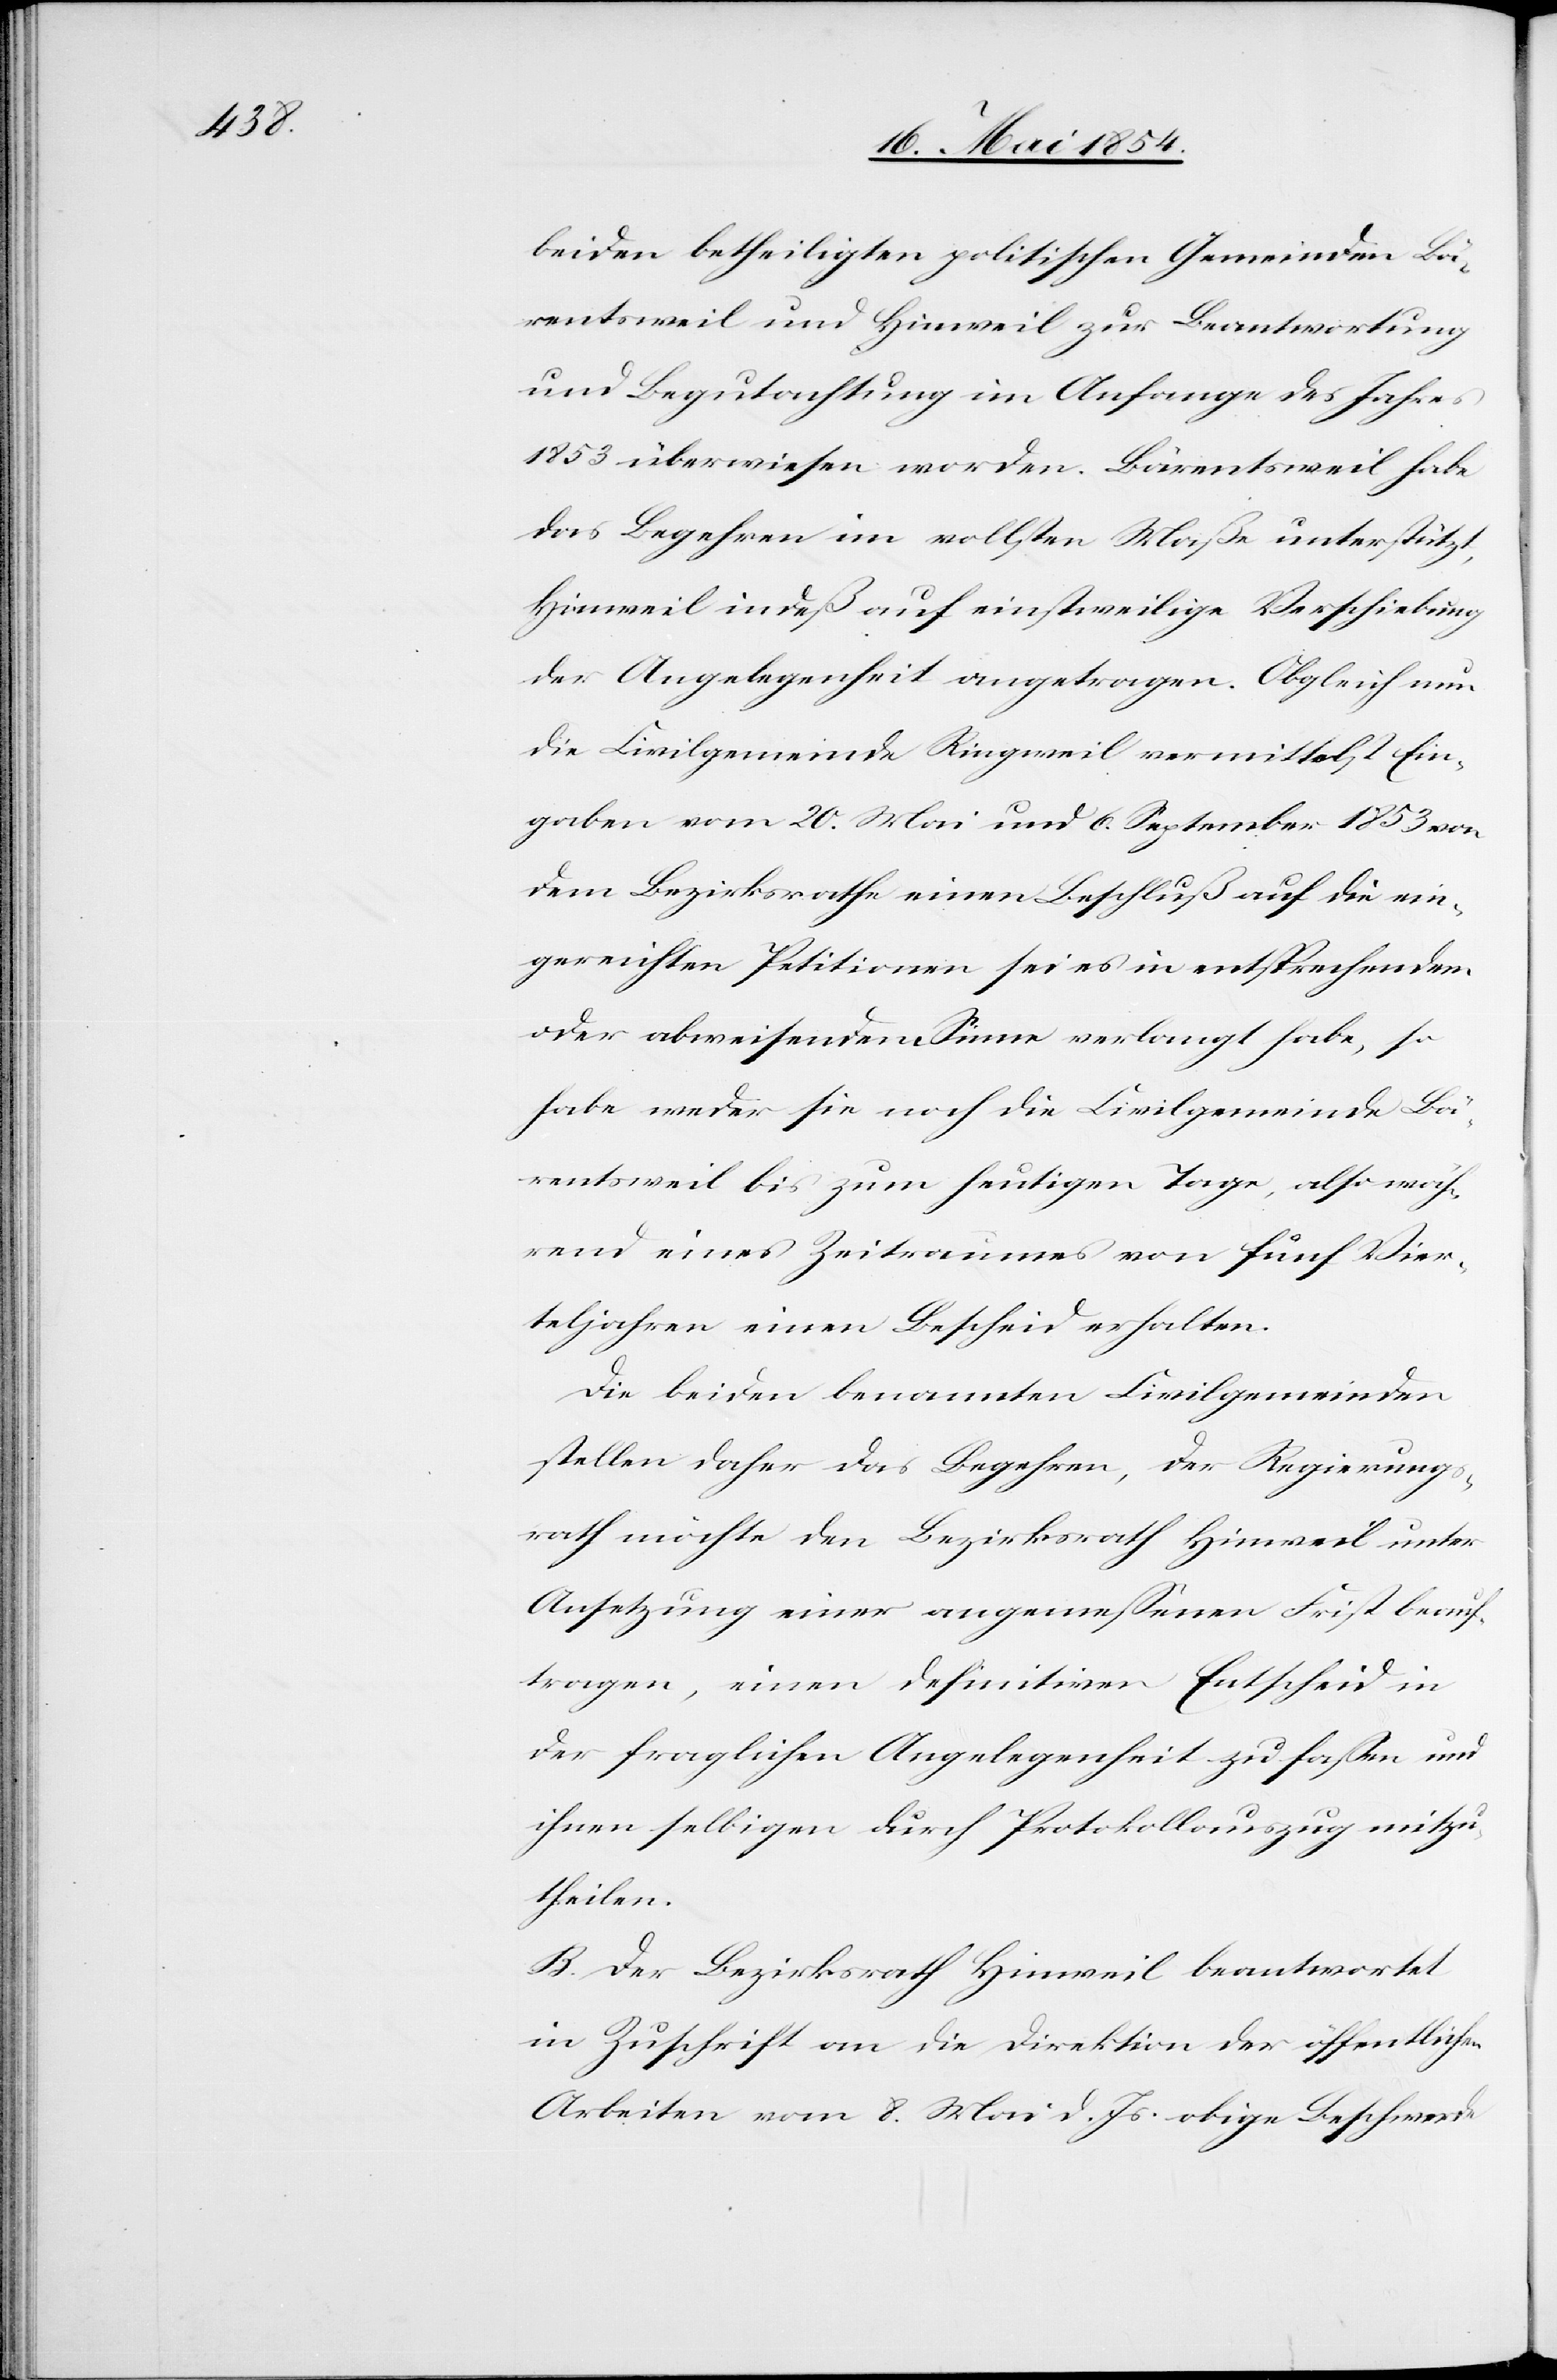
beiden betheiligten politischen Gemeinden Bä¬
rentsweil und Hinweil zur Beantwortung
und Begutachtung im Anfange des Jahres
1852 überwiesen worden. Bärentsweil habe
das Begehren im vollsten Maße unterstützt,
Hinweil indeß auf einstweilige Verschiebung
der Angelegenheit angetragen. Obgleich nun
die Civilgemeinde Ringweil vermittelst Ein¬
gaben vom 20. Mai und 6. September 1852 von
dem Bezirksrathe einen Beschluß auf die ein¬
gereichten Petitionen sei es in entsprechendem
oder abweisendem Sinne verlangt habe, so
habe weder sie noch die Civilgemeinde Bä¬
rentsweil bis zum heutigen Tage, also wäh¬
rend eines Zeitraumes von fünf Vier¬
teljahren einen Bescheid erhalten.
Die beiden benannten Civilgemeinden
stellen daher das Begehren, der Regierungs¬
rath möchte den Bezirksrath Hinweil unter
Ansetzung einer angemeßenen Frist beauf¬
tragen, einen definitiven Entscheid in
der fraglichen Angelegenheit zu faßen und
ihnen selbigen durch Protokollauszug mitzu¬
theilen.
B. Der Bezirksrath Hinweil beantwortet
in Zuschrift an die Direktion der öffentlichen
Arbeiten vom 8. Mai d. Js. obige Beschwerde